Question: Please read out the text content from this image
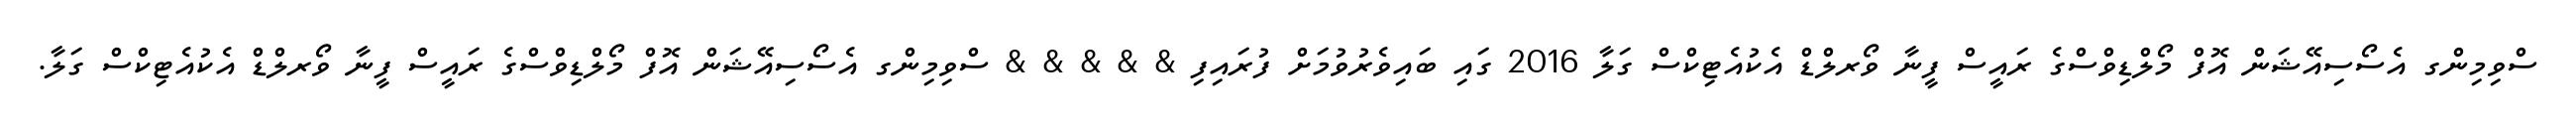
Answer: ސްވިމިންގ އެސޯސިއޭޝަން އޮފް މޯލްޑިވްސްގެ ރައީސް ފީނާ ވޯރލްޑް އެކުއެޓިކްސް ގަލާ 2016 ގައި ބައިވެރުވުމަށް ފުރައިފި & & & & & ސްވިމިންގ އެސޯސިއޭޝަން އޮފް މޯލްޑިވްސްގެ ރައީސް ފީނާ ވޯރލްޑް އެކުއެޓިކްސް ގަލާ.